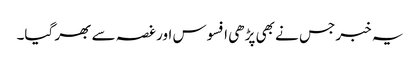
یہ خبر جس نے بھی پڑھی افسوس اور غصہ سے بھر گیا۔